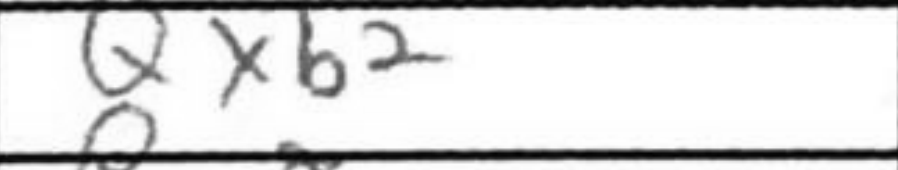
Transcription: Qxb2